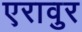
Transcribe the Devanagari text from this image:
एरावुर